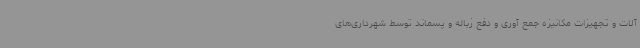
آلات و تجهیزات مکانیزه جمع آوری و دفع زباله و پسماند توسط شهرداری‌های